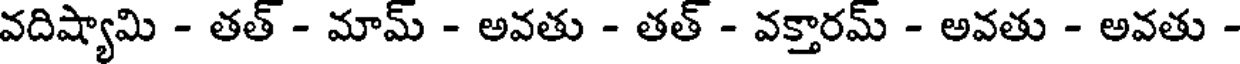
వదిష్యామి - తత్ - మామ్ - అవతు - తత్ - వక్తారమ్ - అవతు - అవతు -